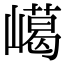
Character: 嶱